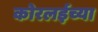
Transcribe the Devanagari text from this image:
कोरलईच्या